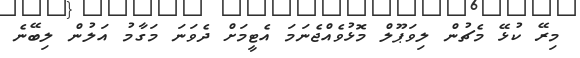
މިރޭ ކުޅޭ މެޗުން ލިވަޕޫލް މޮޅުވެއްޖެނަމަ އެޓީމަށް ދެވަނަ މަގާމު އަލުން ލިބޭނެ